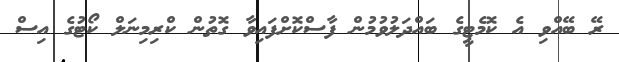
ރޭ ބޭއްވި އެ ކޮމެޓީގެ ބައްދަލުވުމުން ފާސްކޮށްފައިވާ ގޮތުން ކްރިމިނަލް ކޯޓުގެ އިސް